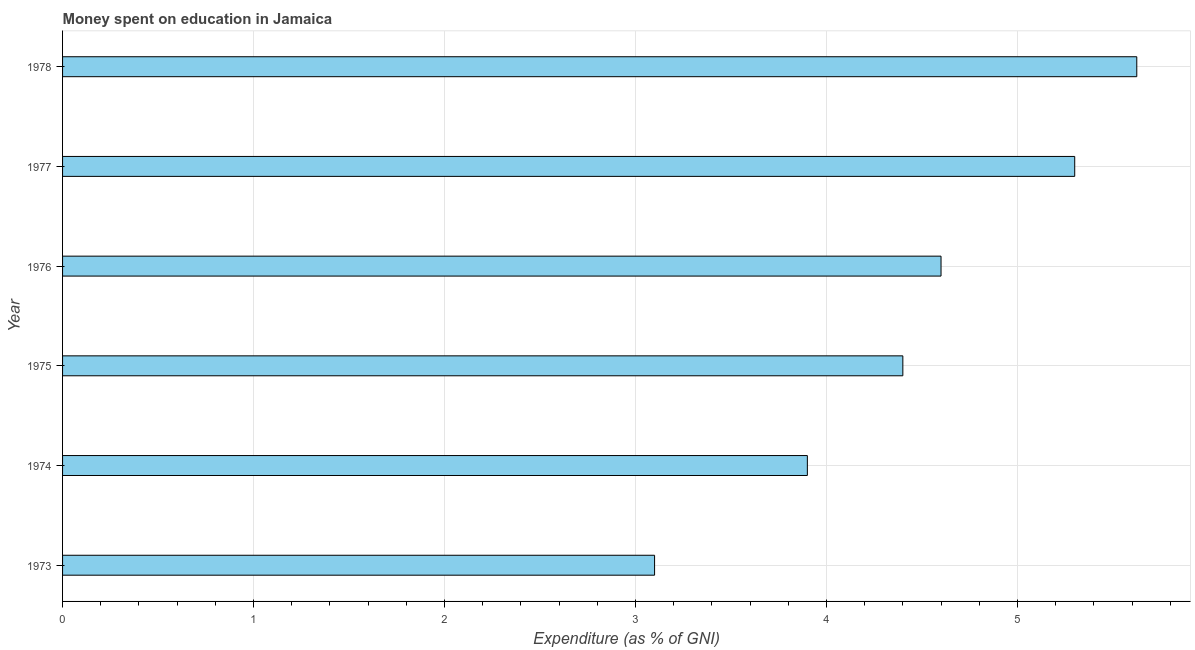
| Year | Education expenditure |
 | --- | --- |
 | 1973 | 3.1 |
 | 1974 | 3.9 |
 | 1975 | 4.4 |
 | 1976 | 4.6 |
 | 1977 | 5.3 |
 | 1978 | 5.63 |